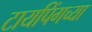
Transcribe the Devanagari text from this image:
टायपिंगच्या